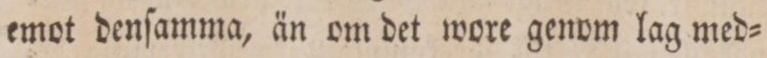
emot denſamma, än om det wore genom lag med=